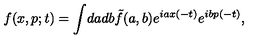
f ( x , p ; t ) = \int \! d a d b \tilde { f } ( a , b ) e ^ { i a x ( - t ) } e ^ { i b p ( - t ) } ,